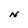
Character: N